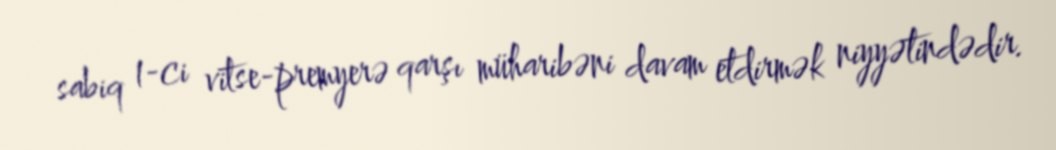
sabiq 1-ci vitse-premyerə qarşı müharibəni davam etdirmək niyyətindədir.